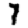
Digit: 7